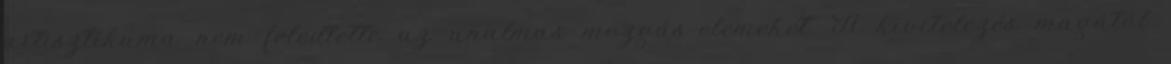
artisztikuma nem feledtette az unalmas mozgás-elemeket. A kivitelezés magától